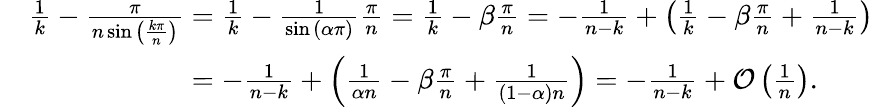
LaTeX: \begin{array}{rl}&{\frac{1}{k}-\frac{\pi}{n\sin{\left(\frac{k\pi}{n}\right)}}=\frac{1}{k}-\frac{1}{\sin{\left(\alpha\pi\right)}}\frac{\pi}{n}=\frac{1}{k}-\beta\frac{\pi}{n}=-\frac{1}{n-k}+\left(\frac{1}{k}-\beta\frac{\pi}{n}+\frac{1}{n-k}\right)}\\ &{\phantom{\frac{1}{k}-\frac{\pi}{n\sin{\left(\frac{k\pi}{n}\right)}}}=-\frac{1}{n-k}+\left(\frac{1}{\alpha n}-\beta\frac{\pi}{n}+\frac{1}{(1-\alpha)n}\right)=-\frac{1}{n-k}+\mathcal{O}\left(\frac{1}{n}\right).}\end{array}